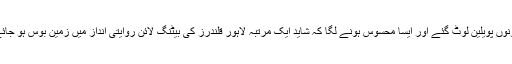
قلندرز کو بڑا دھچکا اس وقت لگا جب 41 کے مجموعے پر فخر زمان اور آغاز سلمان دونوں پویلین لوٹ گئے اور ایسا محسوس ہونے لگا کہ شاید ایک مرتبہ لاہور قلندرز کی بیٹنگ لائن روایتی انداز میں زمین بوس ہو جائے گی لیکن سلطانز کی ناقص فیلڈنگ نے قلندرز کی ایونٹ میں پہلی فتح کی راہ ہموار کی۔